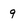
Character: 9